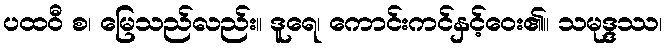
ပထဝီ စ၊ မြေသည်လည်း။ ဒူရေ၊ ကောင်းကင်နှင့်ဝေး၏။ သမုဒ္ဒဿ၊